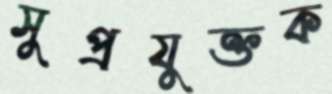
সুপ্রযুক্তক